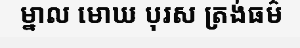
ម្នាល មោឃ បុរស ត្រង់ធម៌